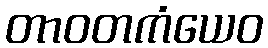
တာဝတကံယေဝ